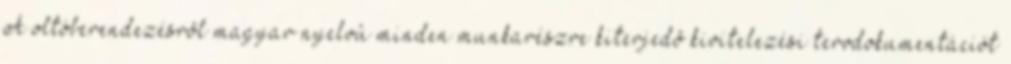
A oltóberendezésrõl magyar nyelvû minden munkarészre kiterjedõ kivitelezési tervdokumentációt